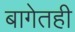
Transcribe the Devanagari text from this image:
बागेतही